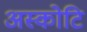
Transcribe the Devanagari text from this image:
अस्कोटि